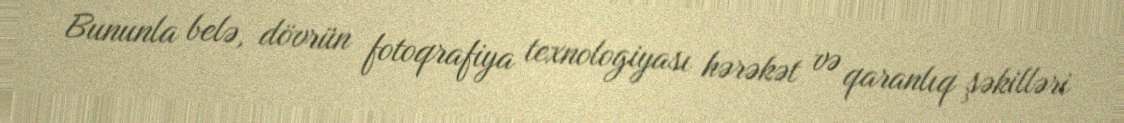
Bununla belə, dövrün fotoqrafiya texnologiyası hərəkət və qaranlıq şəkilləri